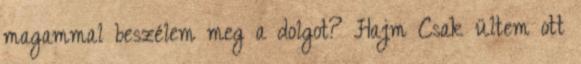
magammal beszélem meg a dolgot? Hajm Csak ültem ott